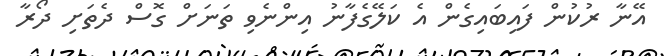
އޭނާ ރުކުން ފައިބައިގެން އެ ކަލޭގެފާނު އިންނެވި ތަނަށް ގޮސް ދެތަށި ދޯރާ